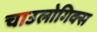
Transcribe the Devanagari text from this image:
चाउलोगिक्स